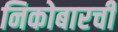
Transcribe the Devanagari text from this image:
निकोबारची